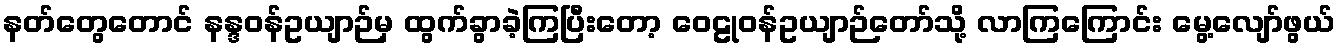
နတ်တွေတောင် နန္ဒဝန်ဥယျာဉ်မှ ထွက်ခွာခဲ့ကြပြီးတော့ ဝေဠုဝန်ဥယျာဉ်တော်သို့ လာကြကြောင်း မွေ့လျော်ဖွယ်